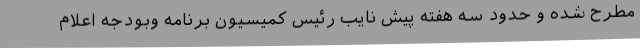
مطرح شده و حدود سه هفته پیش نایب رئیس کمیسیون برنامه وبودجه اعلام